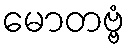
မောတဗ္ဗံ